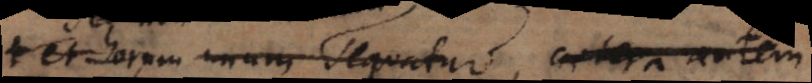
et horum unum sequatur, caetera autem